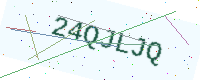
Text: 24QJLJQ